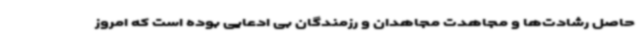
حاصل رشادت‌ها و مجاهدت مجاهدان و رزمندگان بی ادعایی بوده است که امروز